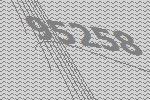
95258